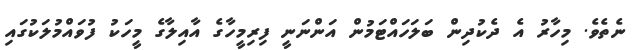
ނެތެވެ. މިހާރު އެެ ދެެކުދިން ބަލަހައްޓަމުން އަންނަނީ ފިރިމީހާގެ އާއިލާގެ މީހަކު ފުވައްމުލަކުގައި